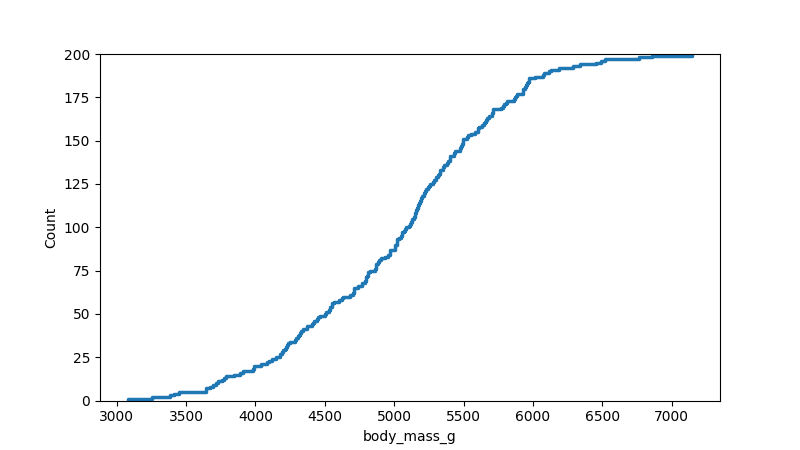
python, seaborn, ecdfplot, column='body_mass_g', hue='all', stat='count', linewidth=2.5